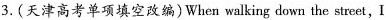
3.(天津高考单项填空改编)When walking down the street, I